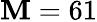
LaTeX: \mathbf{M}=61